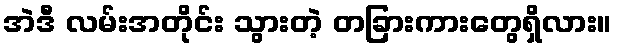
အဲဒီ လမ်းအတိုင်း သွားတဲ့ တခြားကားတွေရှိလား။